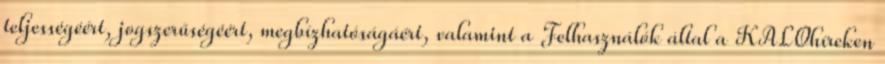
teljességéért, jogszerűségéért, megbízhatóságáért, valamint a Felhasználók által a KALOhíreken